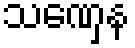
သဏှေန